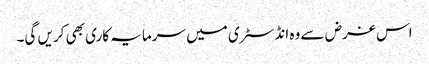
اس غرض سے وہ انڈسٹری میں سرمایہ کاری بھی کریں گی۔